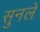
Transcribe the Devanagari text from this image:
सुनले